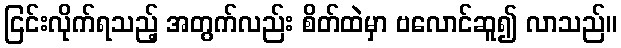
ငြင်းလိုက်ရသည့် အတွက်လည်း စိတ်ထဲမှာ ဗလောင်ဆူ၍ လာသည်။